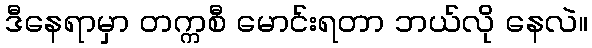
ဒီနေရာမှာ တက္ကစီ မောင်းရတာ ဘယ်လို နေလဲ။